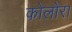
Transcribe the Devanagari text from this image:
कोलोरा